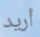
أريد